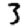
Digit: 3